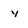
Character: y